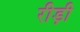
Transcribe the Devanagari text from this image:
रीड़ी